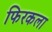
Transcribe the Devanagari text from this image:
फिरकला